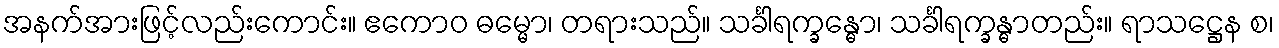
အနက်အားဖြင့်လည်းကောင်း။ ဧကောဝ ဓမ္မော၊ တရားသည်။ သင်္ခါရက္ခန္ဓော၊ သင်္ခါရက္ခန္ဓာတည်း။ ရာသဋ္ဌေန စ၊